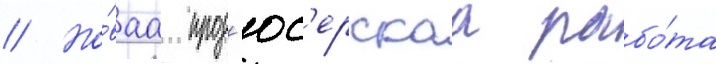
// Но́ваа прод'юс'ерскаа рабо́та